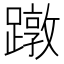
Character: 蹾